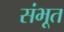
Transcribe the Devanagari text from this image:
संभूत